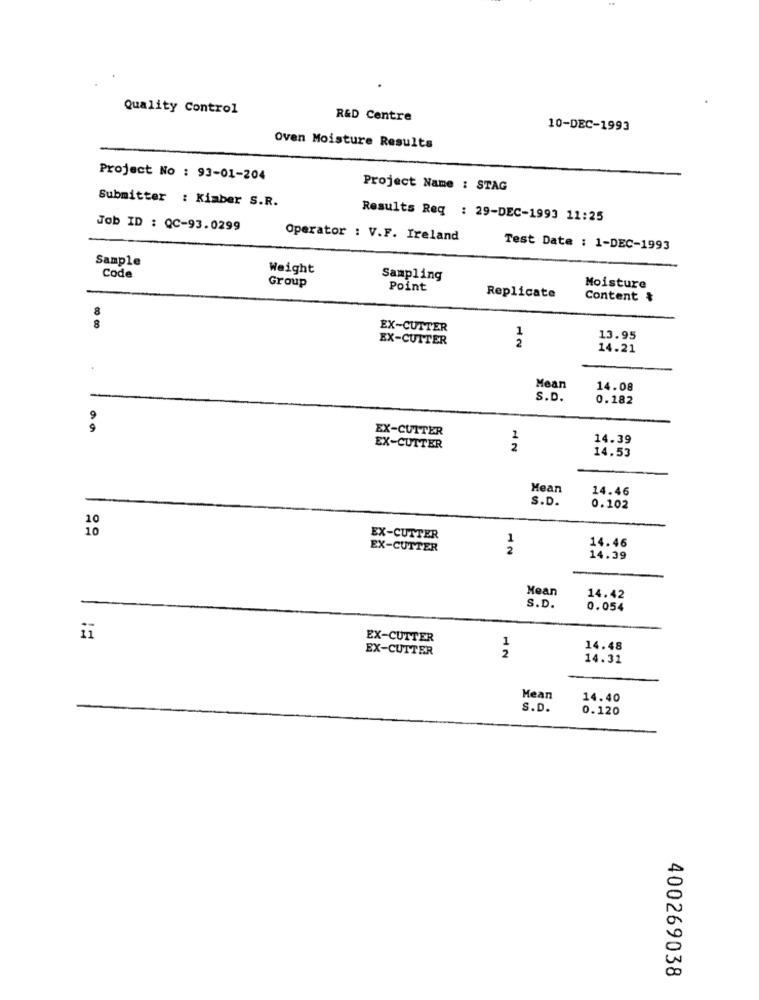
Quality Control
R&D Centre
10-DEC-1993
Oven Moisture Results
Project No : 93-01-204
Project Name : STAG
Submitter : Kiaber S.R.
Results Req : 29-DEC-1993 11:25
Job ID : QC-93.0299
Operator : V.F. Ireland
Test Date : 1-DEC-1993
Sample
Weight
Code
Sampling
Group
Point
Replicate
Moisture
Content &
8
EX-CUTTER
1
EX-CUTTER
2
13.95
14.21
Mean
14.08
S.D.
0.182
9
EX-CUTTER
1
14.39
EX-CUTTER
2
14.53
Mean
14.46
S.D.
0.102
10
10
EX-CUTTER
1
14.46
EX-CUTTER
2
14.39
Mean
14.42
S.D.
0.054
EX-CUTTER
EX-CUTTER
2
1
14.48
14.31
Mean
14.40
S.D.
0.120
400269038